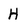
Character: H